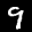
Label: 9